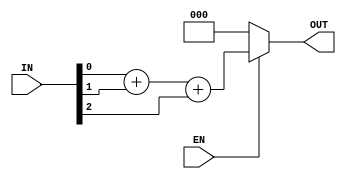
// Chris Ceroici
// November 16, 2016
//
// N-input Hamming sum/sideways addition

module M_SIDEADD #(parameter N_inputs = 3, NB_out = 3) (EN,IN,OUT);

//parameter N_inputs = 3;
//parameter NB_out = 8;

input EN;
input [N_inputs -1:0] IN;

output [NB_out-1:0] OUT;

wire [NB_out-1:0] OUT_temp;
wire [NB_out-1:0] temp [N_inputs-1:0];

genvar n;
generate 
	case (N_inputs)
		1: begin
				assign OUT_temp = IN[0];
		   end
		2: begin
				assign OUT_temp = IN[0] + IN[1];
		   end
		default: begin
					assign temp[0] = IN[0];
					assign OUT_temp = temp[N_inputs-1][NB_out-1:0];
					for (n=1; n<(N_inputs);n=n+1) begin : TempAdd
						assign temp[n][NB_out-1:0] =  temp[n-1][NB_out-1:0] + IN[n];
					end
				end
	endcase
endgenerate


assign OUT = (EN) ? OUT_temp : 1'b0;



endmodule